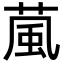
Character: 葻